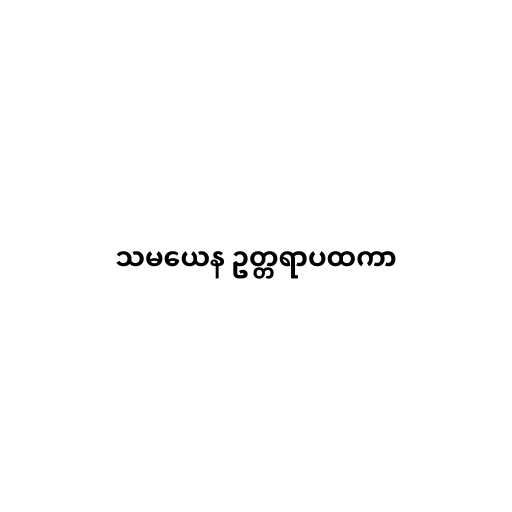
သမယေန ဥတ္တရာပထကာ